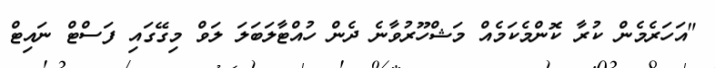
"އަހަރެމެން ކުރާ ކޮންމެކަމެއް މަޝްހޫރުވާނެ ދެން ހުއްޓާލަބަލަ ލަވް މިގޭގައި ފަސްޓް ނައިޓް